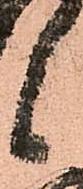
候